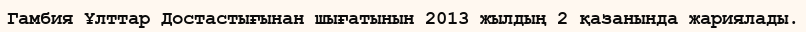
Гамбия Ұлттар Достастығынан шығатынын 2013 жылдың 2 қазанында жариялады.